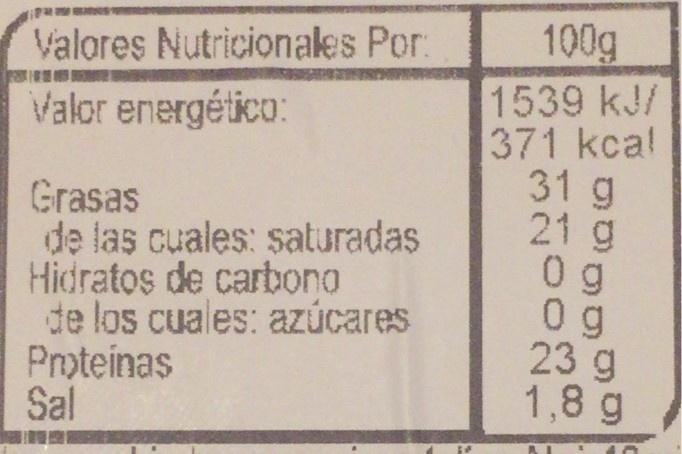
100g 1539 kJ/ 371 kcal 31 g 21 g 0 g 0 g 23 g 1,8 g
Valores Nutricionales Por.
Valor energético:
Grasas de las cuales: saturadas Hidratos de carbono de los cuales: aZúcares Proteinas Sal